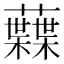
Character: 𧄠